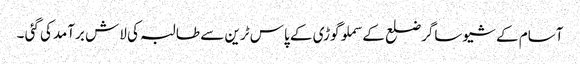
آسام کے شیوساگرضلع کے سملوگوڑی کے پاس ٹرین سے طالبہ کی لاش برآمدکی گئی ۔